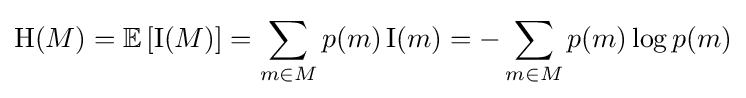
\mathrm {H} (M)=\mathbb {E} \left[\operatorname {I} (M)\right]=\sum _{m\in M}p(m)\operatorname {I} (m)=-\sum _{m\in M}p(m)\log p(m)